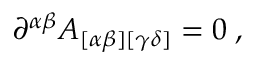
\partial ^ { \alpha \beta } A _ { [ \alpha \beta ] [ \gamma \delta ] } = 0 \; ,